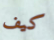
كيف